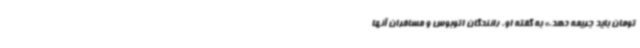
تومان باید جریمه دهد.» به گفته او، رانندگان اتوبوس و مسافران آنها